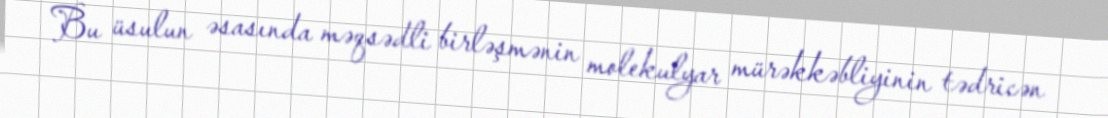
Bu üsulun əsasında məqsədli birləşmənin molekulyar mürəkkəbliyinin tədricən